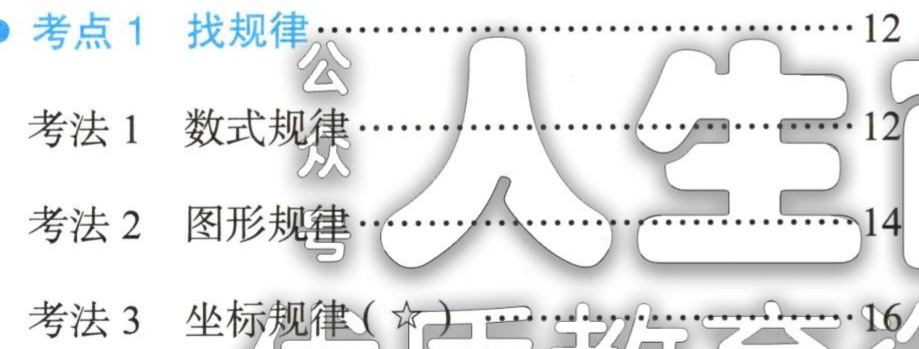
考点 1 找规律··············································12

考法 1 数式规律········································12

考法 2 图形规律······································14

考法 3 坐标规律(★)································16